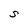
Character: S